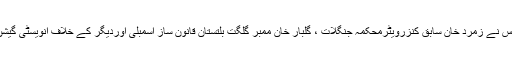
ایگزیکٹو بورڈ اجلاس نے زمرد خان سابق کنزرویٹرمحکمہ جنگلات ، گلبار خان ممبر گلگت بلتستان قانون ساز اسمبلی اوردیگر کے خلاف انویسٹی گیشن کی منظوری دی۔